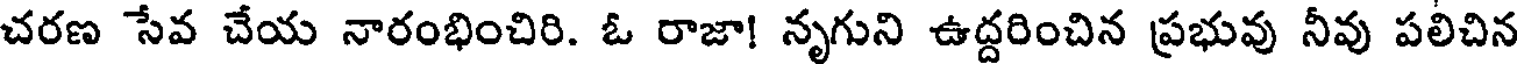
చరణ సేవ చేయ నారంభించిరి. ఓ రాజా! నృగుని ఉద్దరించిన ప్రభువు నీవు పలిచిన